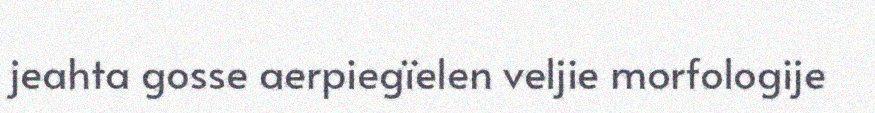
jeahta gosse aerpiegïelen veljie morfologije